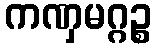
ကဏှမဂ္ဂဉ္စ